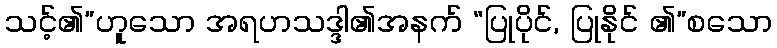
သင့်၏”ဟူသော အရဟသဒ္ဒါ၏အနက် “ပြုပိုင်, ပြုနိုင် ၏”စသော